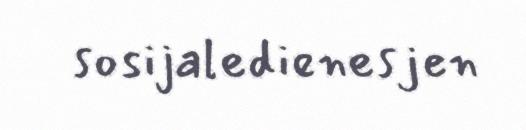
sosijaledienesjen